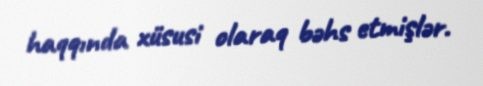
haqqında xüsusi olaraq bəhs etmişlər.